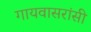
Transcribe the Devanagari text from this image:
गायवासरांसी